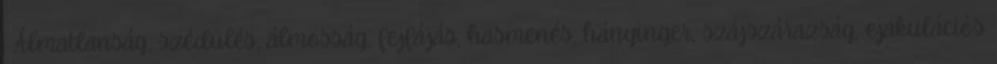
: Álmatlanság, szédülés, álmosság, fejfájás, hasmenés, hányinger, szájszárazság, ejakulációs